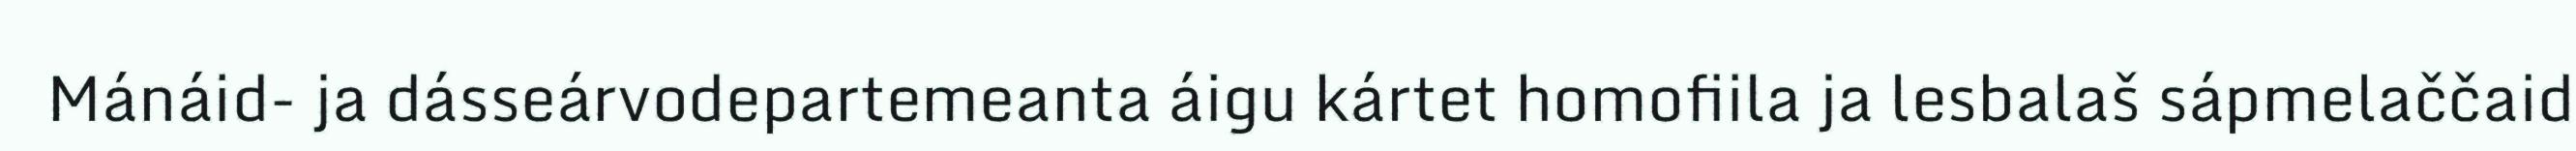
Mánáid- ja dásseárvodepartemeanta áigu kártet homofiila ja lesbalaš sápmelaččaid